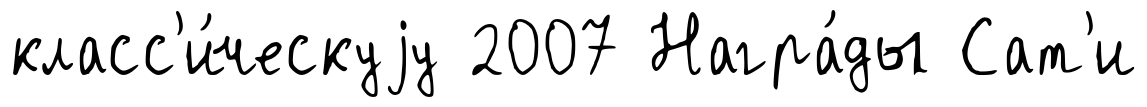
класс'и́ческуjу 2007 Награ́ды Сат'и